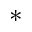
^ *